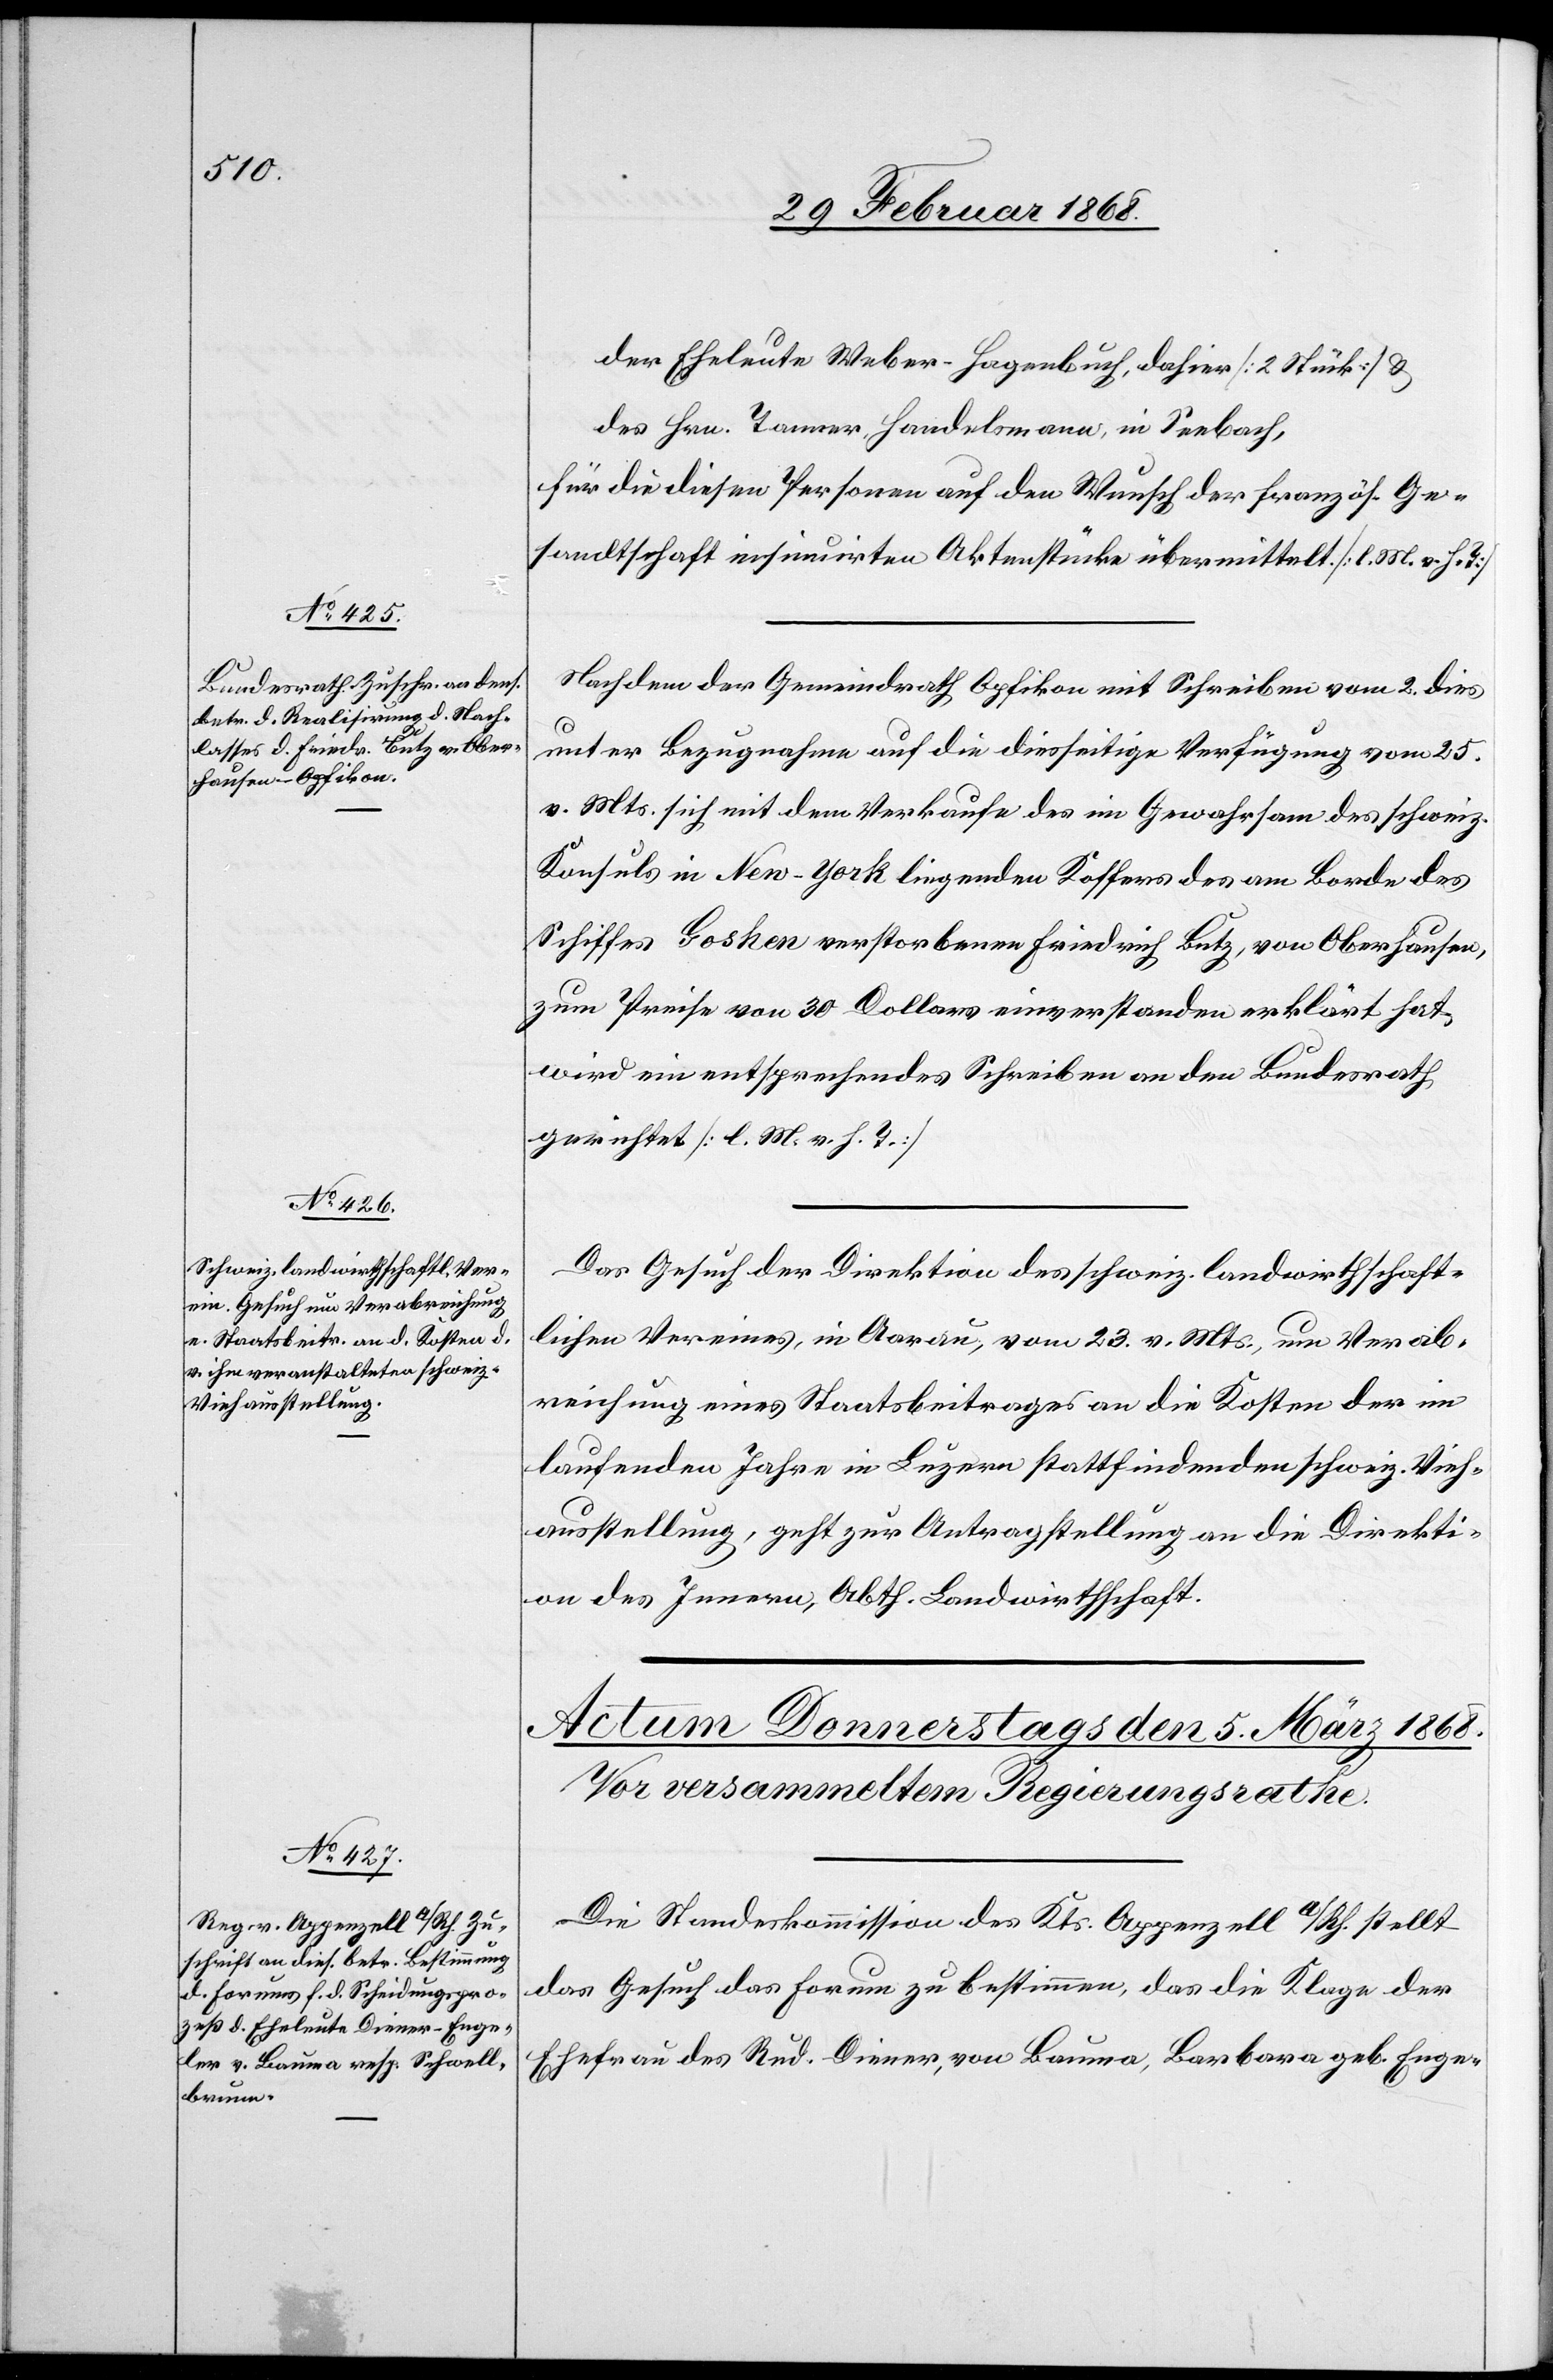
der Eheleute Weber-Hagenbuch, dahier [2 Stück] &
des Hrn. Tanner, Handelsmann, in Seebach,
für die diesen Personen auf den Wunsch der französ. Ge¬
sandtschaft insinuirten Aktenstücke übermittelt. [l. M. v. h. T]
Nachdem der Gemeindrath Opfikon mit Schreiben vom 2. dies
4.
unter Bezugnahme auf die diesseitige Verfügung vom 25.
v. Mts. sich mit dem Verkaufe des im Gewahrsam des schweiz.
Konsuls in New-York liegenden Koffers des am Borde des
Schiffes Goshen verstorbenen Friedrich Butz, von Oberhausen,
zum Preise von 30 Dollars einverstanden erklärt hat,
wird ein entsprechendes Schreiben an den Bundesrath
gerichtet [l. M. v. h. T.]
Das Gesuch der Direktion des schweiz. landwirthschaft¬
lichen Vereines, in Aarau, vom 23. v. Mts., um Verab¬
reichung eines Staatsbeitrages an die Kosten der im
laufenden Jahre in Luzern stattfindenden schweiz. Vieh¬
ausstellung, geht zur Antragstellung an die Direkti¬
on des Innern, Abth. Landwirthschaft.
Die Standeskommission des Kts. Appenzell A/Rh. stellt
das Gesuch das Forum zu bestimmen, das die Klage der
Ehefrau des Rud. Diener, von Bauma, Barbara geb. Enge-